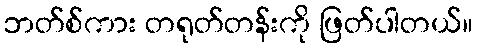
ဘတ်စ်ကား တရုတ်တန်းကို ဖြတ်ပါတယ်။